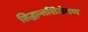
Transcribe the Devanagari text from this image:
सिद्धान्तशिरोमण